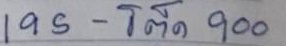
195 - โต๊ด 900